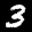
Label: 3